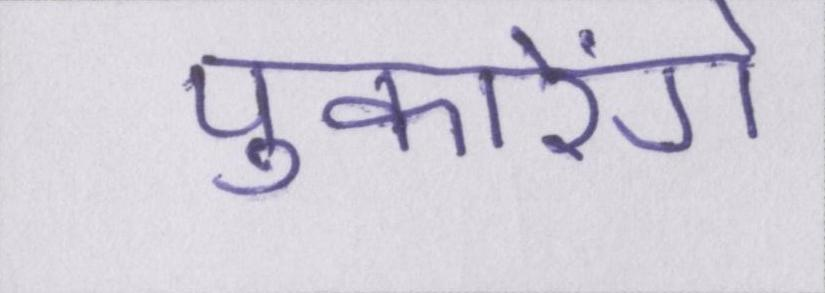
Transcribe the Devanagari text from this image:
पुकारेंगे